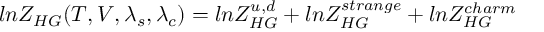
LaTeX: l n Z _ { H G } ( T , V , \lambda _ { s } , \lambda _ { c } ) = l n Z _ { H G } ^ { u , d } + l n Z _ { H G } ^ { s t r a n g e } + l n Z _ { H G } ^ { c h a r m }